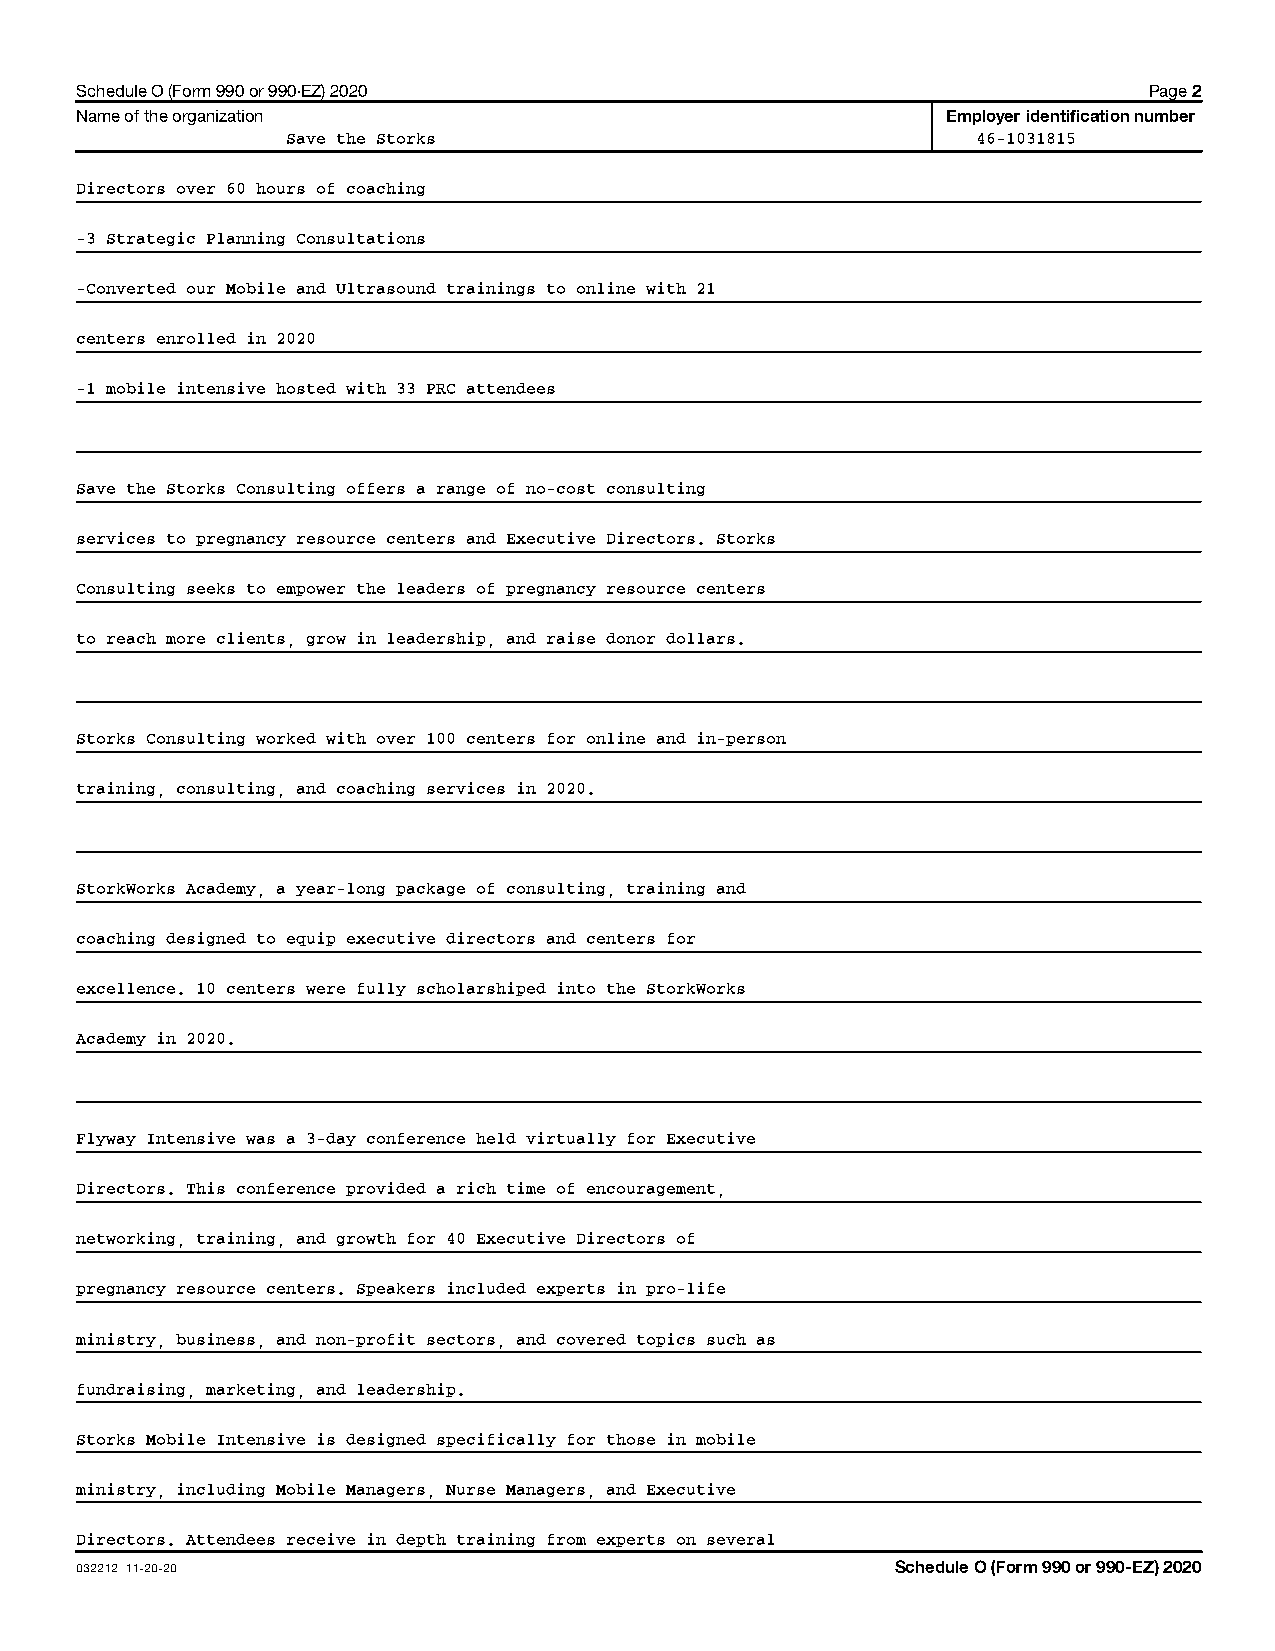
Schedule O (Form 990 or 990-EZ) 2020                                   Page 2
 Name of the organization                                  Employer identification number
 Save the Storks                               46-1031815
 Directors over 60 hours of coaching
 -3 Strategic Planning Consultations
 -Converted our Mobile and Ultrasound trainings to online with 21
 centers enrolled in 2020
 -1 mobile intensive hosted with 33 PRC attendees
 Save the Storks Consulting offers a range of no-cost consulting
 services to pregnancy resource centers and Executive Directors. Storks
 Consulting seeks to empower the leaders of pregnancy resource centers
 to reach more clients, grow in leadership, and raise donor dollars.
 Storks Consulting worked with over 100 centers for online and in-person
 training, consulting, and coaching services in 2020.
 StorkWorks Academy, a year-long package of consulting, training and
 coaching designed to equip executive directors and centers for
 excellence. 10 centers were fully scholarshiped into the StorkWorks
 Academy in 2020.
 Flyway Intensive was a 3-day conference held virtually for Executive
 Directors. This conference provided a rich time of encouragement,
 networking, training, and growth for 40 Executive Directors of
 pregnancy resource centers. Speakers included experts in pro-life
 ministry, business, and non-profit sectors, and covered topics such as
 fundraising, marketing, and leadership.
 Storks Mobile Intensive is designed specifically for those in mobile
 ministry, including Mobile Managers, Nurse Managers, and Executive
 Directors. Attendees receive in depth training from experts on several
 032212 11-20-20                                       Schedule O (Form 990 or 990-EZ) 2020